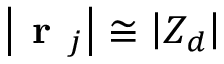
\left| \textbf { r } _ { j } \right| \cong \left| Z _ { d } \right|